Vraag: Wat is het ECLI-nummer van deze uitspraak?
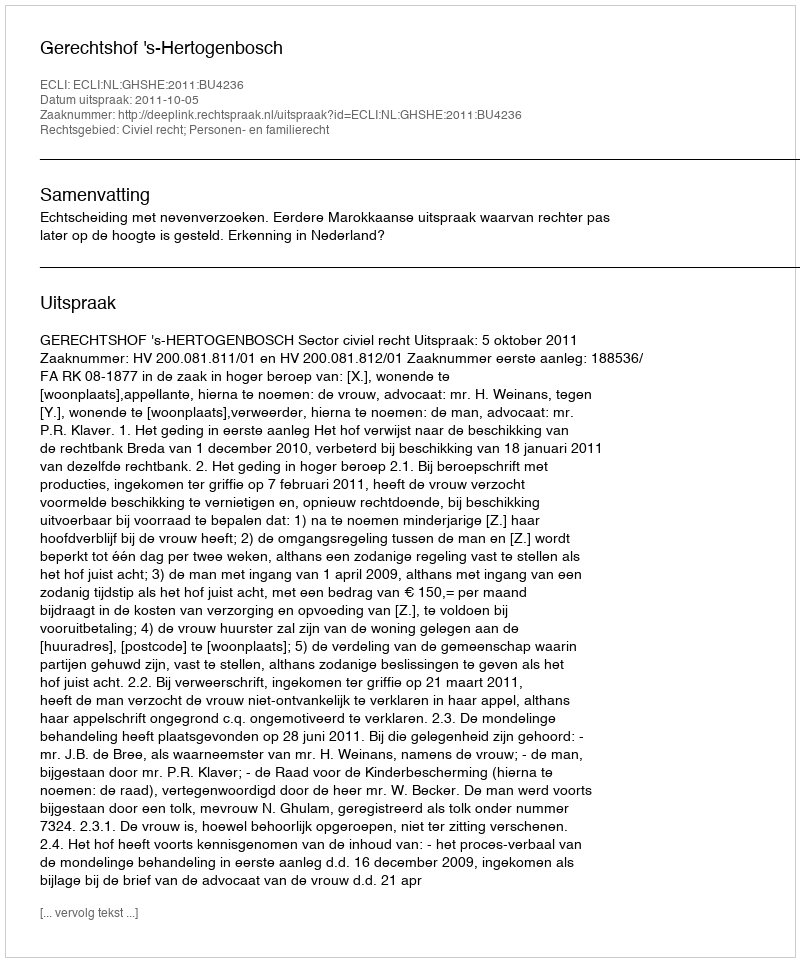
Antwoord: ECLI:NL:GHSHE:2011:BU4236